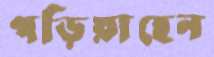
পড়িয়াছেন